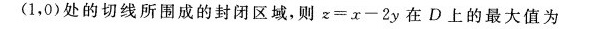
(1，0)处的切线所围成的封闭区域，则$$z = x - 2 y$$在D上的最大值为